Lunatic asylums Madras 1877-1891 - 1877-1891
Year: 1877
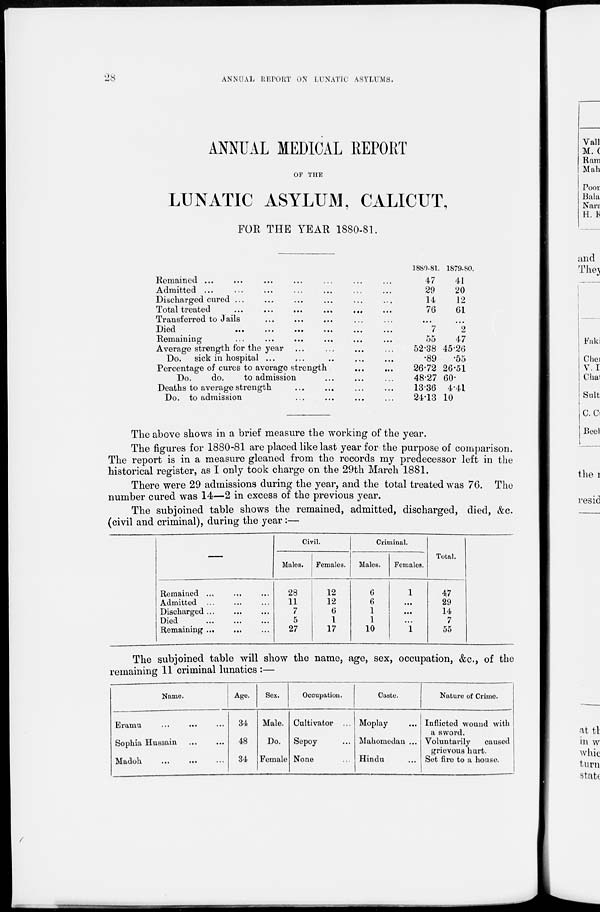
28
ANNUAL REPORT ON LUNATIC ASYLUMS.
ANNUAL MEDICAL REPORT
OF THE
LUNATIC ASYLUM, CALICUT,
FOR THE YEAR 1880-81.
Remained ... ... ... ... ... ...
Admitted ... ... ... ... ... ...
Discharged cured ... ... ... ... ... ...
Total treated
...
...
...
...
...
Transferred to Jails ... ... ... ... ... ...
Died
...
...
...
...
...
...
Remaining ... ... ... ... ... ... ...
Average strength for the year ... ... ... ... ... ...
Do.
sick in hospital ... ... ... ... ... ... ...
Percentage of cures to average strength
...
...
Do.
do.
to admission ... ... ... ... ...
Deaths to average strength ... ... ... ... ... ...
Do. to admission ... ... ... ... ... ...
1880-81.
47
29
14
76
...
7
55
52.38
.89
26.72
48.27
13.36
24.13
1879-80.
41
20
12
61
...
2
47
45.26
.55
26.51
60.
4.41
10
The above shows in a brief measure the working of the year.
The figures for 1880-81 are placed like last year for the purpose of comparison.
The report is in a measure gleaned from the records my predecessor left in the
historical register, as I only took charge on the 29th March 1881.
There were 29 admissions during the year, and the total treated was 76. The
number cured was 14—2 in excess of the previous year.
The subjoined table shows the remained, admitted, discharged, died, &c.
(civil and criminal), during the year :—
Remained ... ... ...
Admitted ... ... ...
Discharged ... ... ...
Died ... ... ...
Remaining ... ... ...
Civil.
Males.
28
11
7
5
27
Females.
12
12
6
1
17
Criminal.
Males.
6
6
1
1
10
Females.
1
...
...
...
1
Total.
47
29
14
7
55
The subjoined table will show the name, age, sex, occupation, &c., of the
remaining 11 criminal lunatics :—
Name.
Eramu ... ... ...
Sophia Hussain ... ...
Madoh
... ... ...
Age.
34
48
34
Sex.
Male.
Do.
Female
Occupation.
Cultivator ...
Sepoy
None
Caste.
Moplay ...
Mahomedan ...
Hindu
Nature of Crime.
Inflicted wound with
a sword.
Voluntarily
caused
grievous hurt.
Set fire to a house.